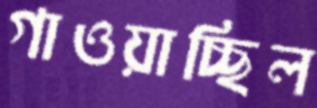
গাওয়াচ্ছিল